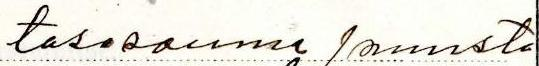
tasasauma puusta